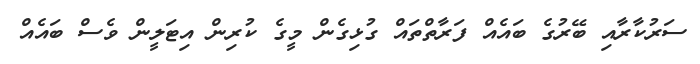
ސަރުކާރާއި ބޭރުގެ ބައެއް ފަރާތްތައް ގުޅިގެން މީގެ ކުރިން އިޓަލީން ވެސް ބައެއް